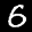
Label: 6